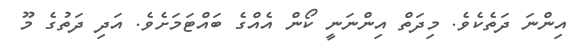
އިންނަ ދަތެކެވެ. މިދަތް އިންނަނީ ކޯން އެއްގެ ބައްޓަމަށެވެ. އަދި ދަތުގެ މޫ